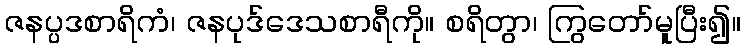
ဇနပ္ပဒစာရိကံ၊ ဇနပုဒ်ဒေသစာရီကို။ စရိတွာ၊ ကြွတော်မူပြီး၍။